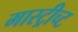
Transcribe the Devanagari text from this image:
मास्ट्रीच्ट